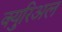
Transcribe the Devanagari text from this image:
क्युरिअल